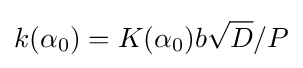
k(\alpha _{0})=K(\alpha _{0})b{\sqrt {D}}/P